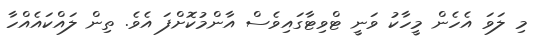
މި ލަވަ އެހެން މީހާކު ވަނީ ޓްވިޓާގައިވެސް އާންމުކޮށްފަ އެވެ. ތިން ލައްކައެއްހާ